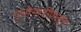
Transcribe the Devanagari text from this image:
गुन्हेगारीपासून